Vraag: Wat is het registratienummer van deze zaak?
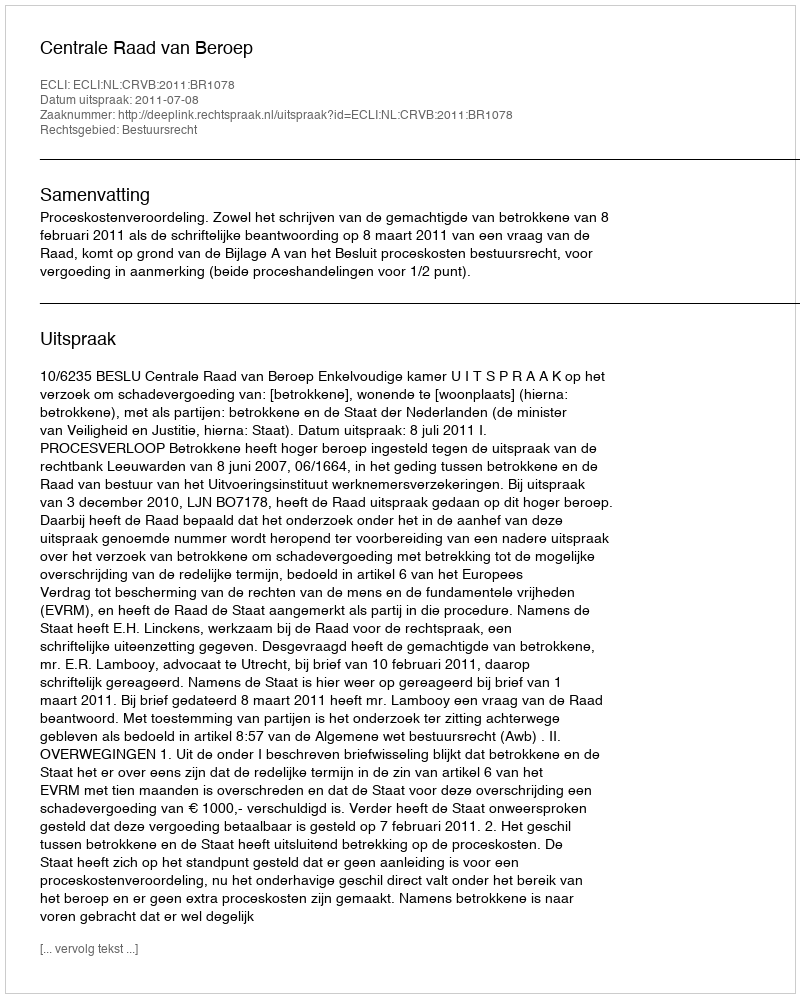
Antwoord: http://deeplink.rechtspraak.nl/uitspraak?id=ECLI:NL:CRVB:2011:BR1078